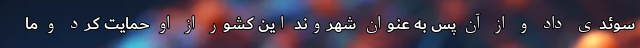
سوئدی داد و از آن پس به عنوان شهروند این کشور از او حمایت کرد و ما